Serum-therapy of plague in India - Number 20
Disease focus: Plague
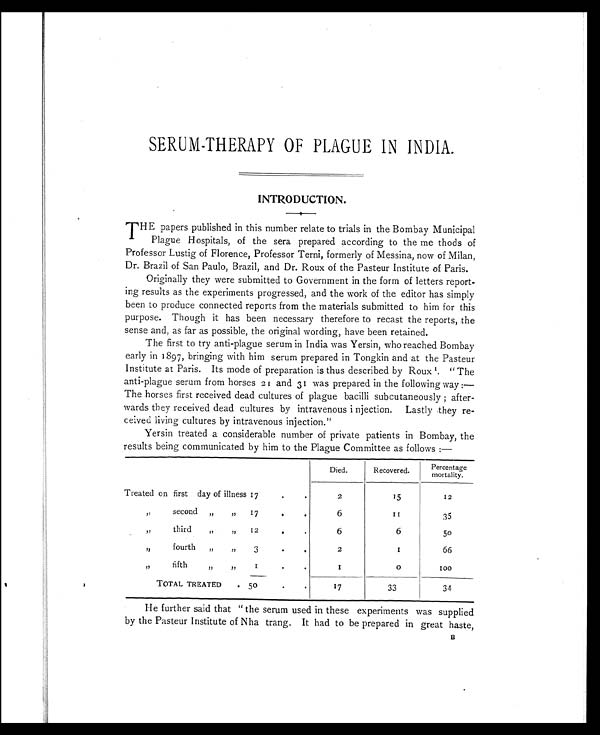
SERUM-THERAPY OF PLAGUE IN INDIA.
INTRODUCTION.
T HE papers published in this number relate to trials in the Bombay Municipal
Plague Hospitals, of the sera prepared according to the me thods of
Professor Lustig of Florence, Professor Terni, formerly of Messina, now of Milan,
Dr. Brazil of San Paulo, Brazil, and Dr. Roux of the Pasteur Institute of Paris.
Originally they were submitted to Government in the form of letters report-
ing results as the experiments progressed, and the work of the editor has simply
been to produce connected reports from the materials submitted to him for this
purpose. Though it has been necessary therefore to recast the reports, the
sense and, as far as possible, the original wording, have been retained.
The first to try anti-plague serum in India was Yersin, who reached Bombay
early in 1897, bringing with him serum prepared in Tongkin and at the Pasteur
Institute at Paris. Its mode of preparation is thus described by Roux. " The
anti-plague serum from horses 21 and 31 was prepared in the following way :—
The horses first received dead cultures of plague bacilli subcutaneously ; after-
wards they received dead cultures by intravenous i njection. Lastly they re-
ceived living cultures by intravenous injection."
Yersin treated a considerable number of private patients in Bombay, the
results being communicated by him to the Plague Committee as follows :—
Died.
Recovered.
Percentage
mortality.
Treated on first day of illness 1 7
.
.
2
15
12
„ s e c o n d
„
„
17
.
.
6
11
35
„
third,,
„
12
.
.
6
6
50
„
fourth„
„
3
.
.
2
1
66
„
fifth„
„
1
.
.
1
0
1 0 0
TOTAL TREATED
5 0
•
•
17
33
34
He further said that " the serum used in these experiments was supplied
by the Pasteur Institute of Nha trang It had to be prepared in great haste,
B